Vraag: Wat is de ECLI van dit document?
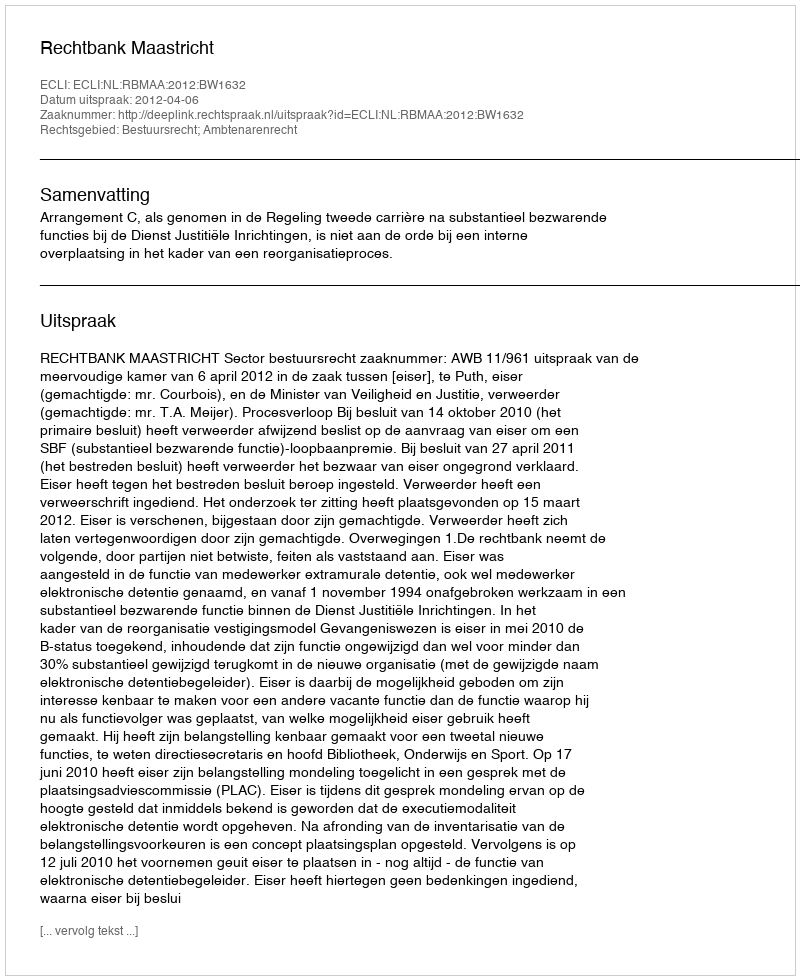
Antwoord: ECLI:NL:RBMAA:2012:BW1632